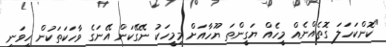
"ކޮންކަހަލަ ގޮތެއްނެއް މީހެއް ޔަގީންތަ ޔޫހާއަށް މިމީހަކު ނޭގޭކަން އޭނަގެ ވާހަކަތަކުން ހީވަނީ